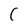
Character: C